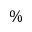
\%